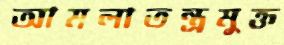
আমলাতন্ত্রমুক্ত